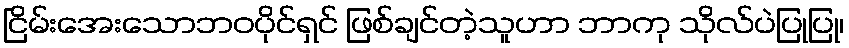
ငြိမ်းအေးသောဘဝပိုင်ရှင် ဖြစ်ချင်တဲ့သူဟာ ဘာကု သိုလ်ပဲပြုပြု၊